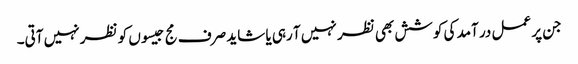
جن پر عمل در آمد کی کوشش بھی نظر نہیں آ رہی یا شاید صرف مج جیسوں کو نظر نہیں آتی۔